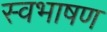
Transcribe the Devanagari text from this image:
स्वभाषण